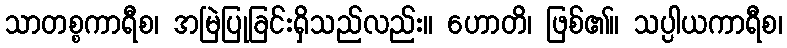
သာတစ္စကာရီစ၊ အမြဲပြုခြင်းရှိသည်လည်း။ ဟောတိ၊ ဖြစ်၏။ သပ္ပါယကာရီစ၊